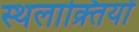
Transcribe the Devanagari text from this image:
स्थलाक्र्तियों